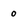
Character: o